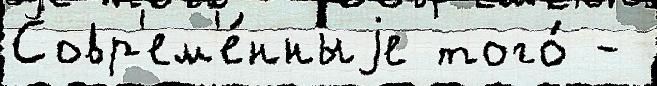
Совр'ем'е́нныjе того́ -